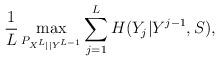
LaTeX: \begin{align*} \frac{1}{L} \max_{P_{{ X}^L || Y^{L-1}} } \sum_{j=1}^L H( { Y}_{ j}| Y^{j-1}, { S} ), \end{align*}